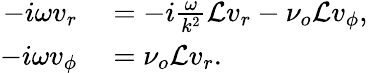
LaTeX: \begin{array}{rl}{-i\omega v_{r}}&{{}=-i\frac{\omega}{k^{2}}\mathcal{L}v_{r}-\nu_{o}\mathcal{L}v_{\phi},}\\ {-i\omega v_{\phi}}&{{}=\nu_{o}\mathcal{L}v_{r}.}\end{array}